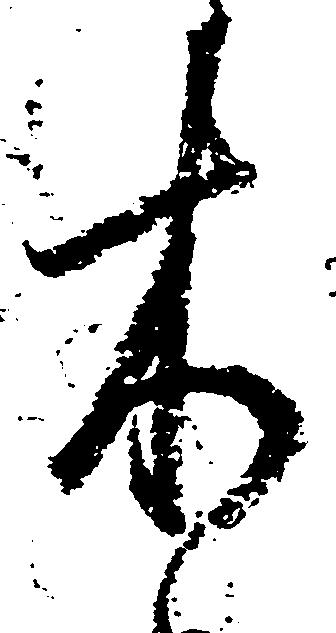
木